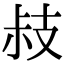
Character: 𢻃